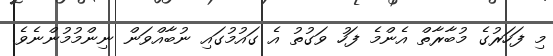
މި ފަހަރުގެ މުބާރާތް އެންމެ ފަހު ވަގުތު އެ ގައުމުގައި ނުބާއްވަން ނިންމުމުންނެވެ.